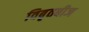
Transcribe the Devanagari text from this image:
विबृतबीज